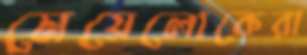
মেয়েলোকেরা